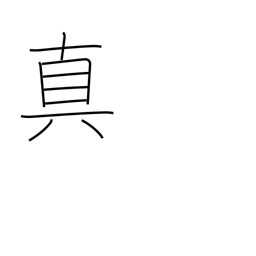
Meaning: Buddhist sect